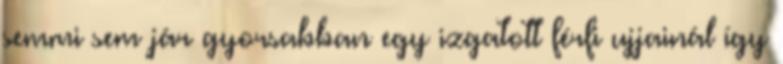
semmi sem jár gyorsabban egy izgatott férfi ujjainál így